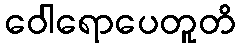
ဝေါရောပေတူတိ